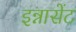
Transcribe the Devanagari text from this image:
इन्नासेंट